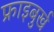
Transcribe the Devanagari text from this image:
फ्राइबुर्ख